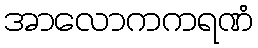
အာလောကကရဏံ